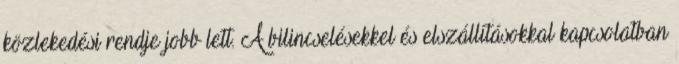
közlekedési rendje jobb lett. A bilincselésekkel és elszállításokkal kapcsolatban